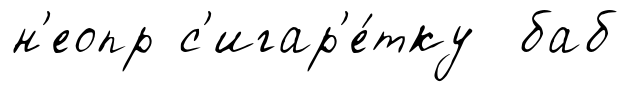
н'еопр с'игар'е́тку баб